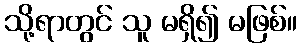
သို့ရာတွင် သူ မရှိ၍ မဖြစ်။